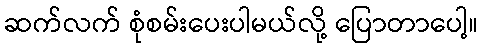
ဆက်လက် စုံစမ်းပေးပါမယ်လို့ ပြောတာပေါ့။